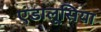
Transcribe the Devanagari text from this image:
एंडालूसिया